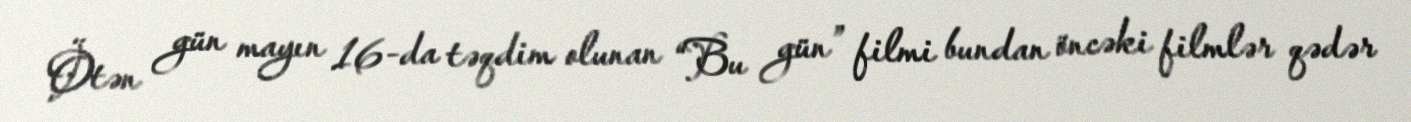
Ötən gün mayın 16-da təqdim olunan “Bu gün” filmi bundan öncəki filmlər qədər